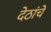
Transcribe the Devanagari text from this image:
देठांचे